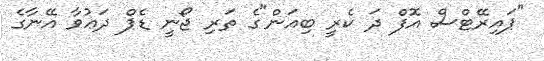
"ޕައިރޭޓްސް އޮފް ދަ ކެރީ ބިއަން"ގެ ތަރި ޖޯނީ ޑެޕް ދަޢުވާ އޭނާގެ